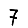
Digit: 7